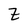
Character: Z